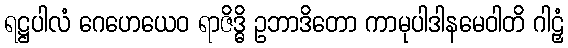
ရဋ္ဌပါလံ ဂေဟေယေဝ ရာဇိဒ္ဓိ ဥဘာဒိတော ကာမုပါဒါနမေဝါတိ ဂါဠှံ